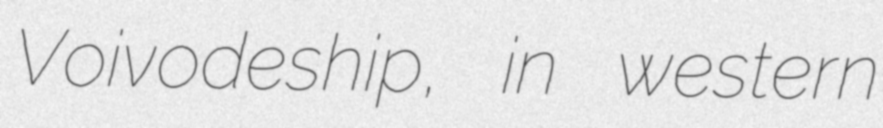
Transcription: Voivodeship, in western